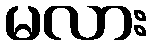
မလား